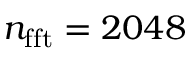
n _ { \mathrm { { f f t } } } = 2 0 4 8